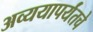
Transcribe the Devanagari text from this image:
अव्ययापर्यंतचे